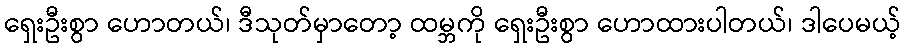
ရှေးဦးစွာ ဟောတယ်၊ ဒီသုတ်မှာတော့ ထမ္ဘကို ရှေးဦးစွာ ဟောထားပါတယ်၊ ဒါပေမယ့်